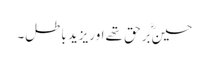
حسینؓ برحق تھے اوریزید باطل۔